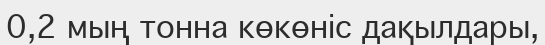
0,2 мың тонна көкөніс дақылдары,